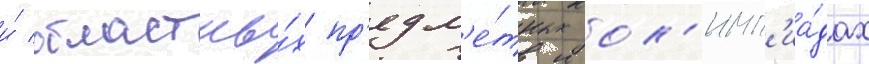
и́ областны́х пр'едм'е́тных ол'имп'иа́дах